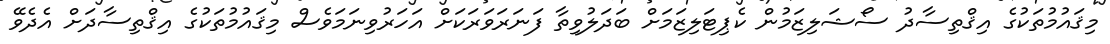
މިޤައުމުތަކުގެ އިޤްތިސާދު ސޯޝަލިޒަމުން ކެޕިޓަލިޒަމަށް ބަދަލުވިތާ ފަނަރަވަރަކަށް އަހަރުވިނަމަވެސް މިޤައުމުތަކުގެ އިޤްތިސާދަށް އެދެވޭ